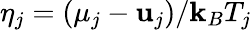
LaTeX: \eta_{j}=({\mu_{j}}-\mathbf{u}_{j})/\mathbf{k}_{B}T_{j}